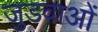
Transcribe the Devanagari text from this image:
जुडवाओं